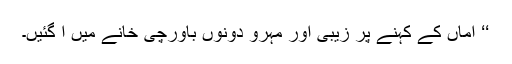
‘‘ اماں کے کہنے پر زیبی اور مہرو دونوں باورچی خانے میں آ گئیں۔